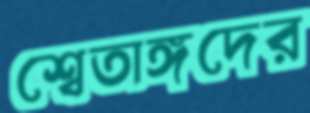
শ্বেতাঙ্গদের